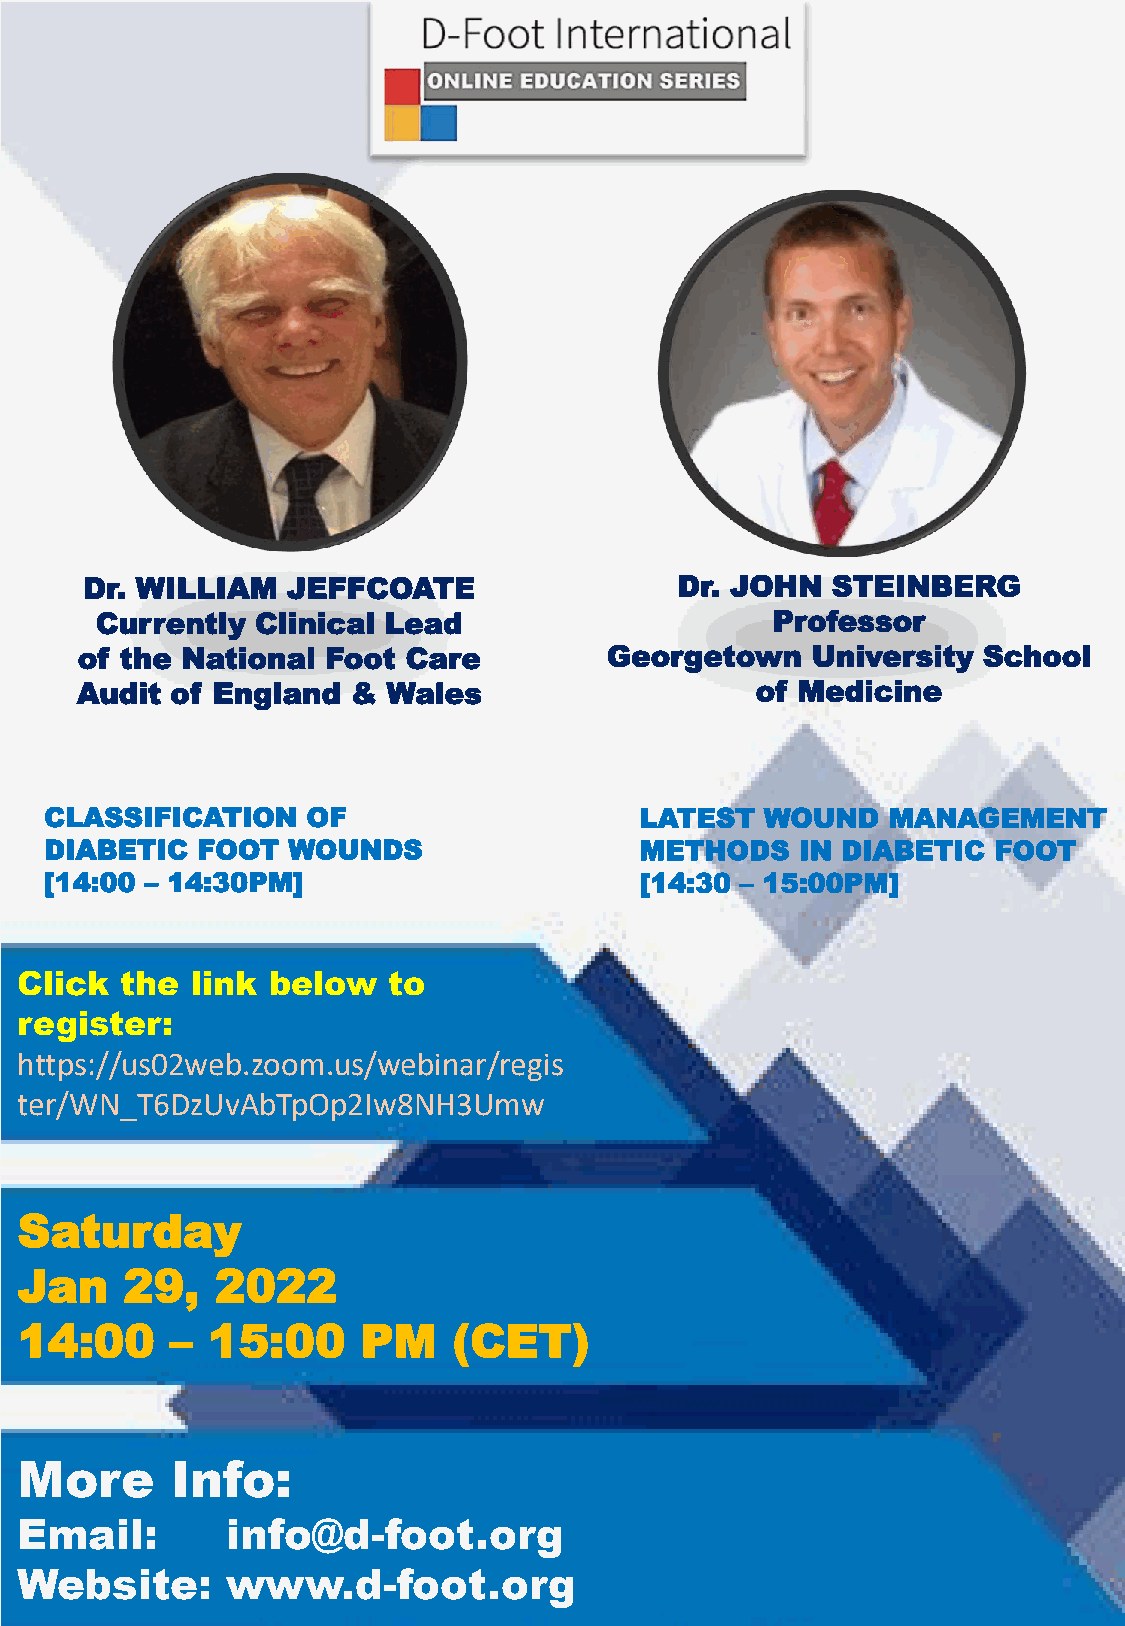
Dr. WILLIAM  JEFFCOATE                 Dr. JOHN  STEINBERG
 Currently  Clinical Lead                     Professor
 of the National  Foot Care         Georgetown    University School
 Audit of England  &  Wales                   of Medicine
 CLASSIFICATION   OF                    LATEST   WOUND   MANAGEMENT
 DIABETIC  FOOT  WOUNDS                 METHODS    IN DIABETIC  FOOT
 [14:00 – 14:30PM]                      [14:30 – 15:00PM]
 Click  the  link below   to
 register:
 https://us02web.zoom.us/webinar/regis
 ter/WN_T6DzUvAbTpOp2Iw8NH3Umw
 Saturday
 Jan    29,   2022
 14:00     –  15:00     PM    (CET)
 More      Info:
 Email:        info@d-foot.org
 Website:      www.d-foot.org